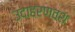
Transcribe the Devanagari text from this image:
उदाहरणवश